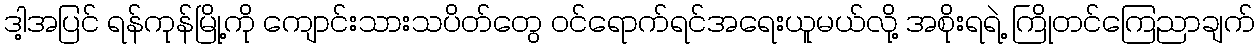
ဒါ့အပြင် ရန်ကုန်မြို့ကို ကျောင်းသားသပိတ်တွေ ဝင်ရောက်ရင်အရေးယူမယ်လို့ အစိုးရရဲ့ ကြိုတင်ကြေညာချက်